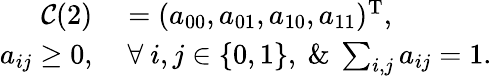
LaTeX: \begin{array}{rl}{\mathcal{C}(2)}&{{}=(a_{00},a_{01},a_{10},a_{11})^{\mathrm{T}},}\\ {a_{ij}\ge 0,}&{{}~\forall~i,j\in\{ 0,1\} ,~\& ~\sum_{i,j}a_{ij}=1.}\end{array}